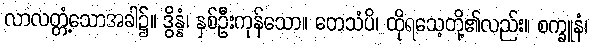
လာလတ္တံ့သောအခါ၌။ ဒွိန္နံ၊ နှစ်ဦးကုန်သော။ တေသံပိ၊ ထိုရသေ့တို့၏လည်း။ စက္ခူနံ၊